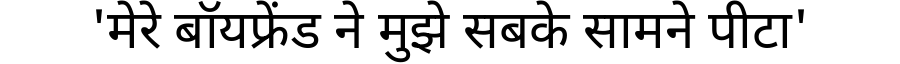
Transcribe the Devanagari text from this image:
'मेरे बॉयफ्रेंड ने मुझे सबके सामने पीटा'